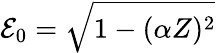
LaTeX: \mathcal{E}_{0}=\sqrt{1-(\alpha Z)^{2}}